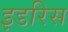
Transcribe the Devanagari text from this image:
इडरिस